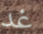
غد